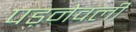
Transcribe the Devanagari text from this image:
पड़नेवली